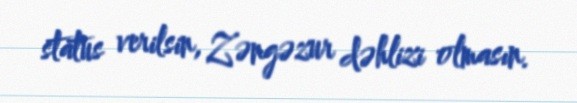
status verilsin, Zəngəzur dəhlizi olmasın.